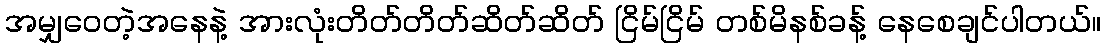
အမျှဝေတဲ့အနေနဲ့ အားလုံးတိတ်တိတ်ဆိတ်ဆိတ် ငြိမ်ငြိမ် တစ်မိနစ်ခန့် နေစေချင်ပါတယ်။